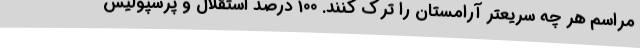
مراسم هر چه سریعتر آرامستان را ترک کنند. 100 درصد استقلال و پرسپولیس